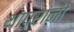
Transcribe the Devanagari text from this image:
थापरांनी